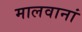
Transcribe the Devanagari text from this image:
मालवानां